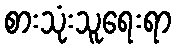
စားသုံးသူရေးရာ